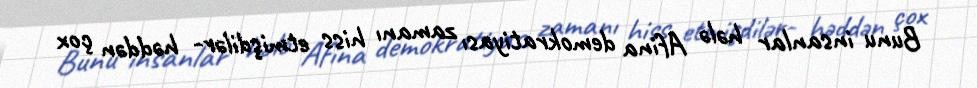
Bunu insanlar hələ Afina demokratiyası zamanı hiss etmişdilər- həddən çox